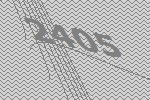
2405